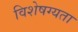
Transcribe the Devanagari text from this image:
विशेषग्यता